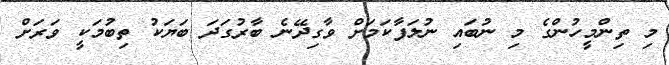
މި ތިންމީހުންގެ މި ނުބައި ނުލަފާކަމަށް ވާގިދޭނެ ބާރުގަދަ ބަޔަކު ތިބުމަކީ ވަރަށް